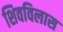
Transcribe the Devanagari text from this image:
शिवविलास